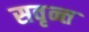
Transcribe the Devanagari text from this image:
सवृन्त